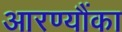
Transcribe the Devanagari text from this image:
आरण्यौंका